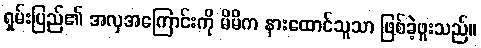
ရှမ်းပြည်၏ အလှအကြောင်းကို မိမိက နားထောင်သူသာ ဖြစ်ခဲ့ဖူးသည်။